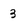
Character: 3